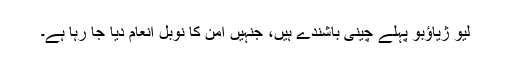
لِیُو ژياؤبو پہلے چینی باشندے ہیں، جنہیں امن کا نوبل انعام دیا جا رہا ہے۔